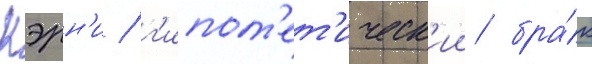
Кэрн'и / г'ипот'ет'ическ'ии бра́к